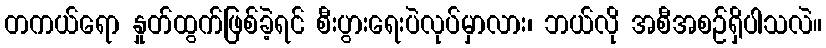
တကယ်ရော နှုတ်ထွက်ဖြစ်ခဲ့ရင် စီးပွားရေးပဲလုပ်မှာလား၊ ဘယ်လို အစီအစဉ်ရှိပါသလဲ။